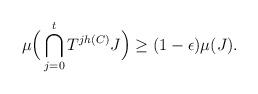
\begin{align*}\mu\Big(\bigcap_{j=0}^{t}T^{jh(C)}J\Big) \geq (1-\epsilon)\mu(J).\end{align*}